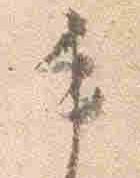
手